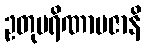
ဥတုပရိဏာမဇာနိ